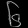
Digit: ၆